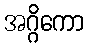
အဂ္ဂိကော